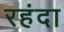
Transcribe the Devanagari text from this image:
रहंदा